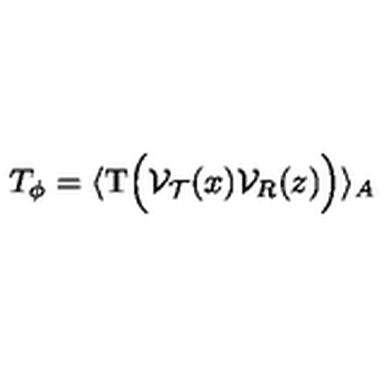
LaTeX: T _ { \phi } = \langle \mathrm { T } \Big ( { \cal V } _ { \cal T } ( x ) { \cal V } _ { R } ( z ) \Big ) \rangle _ { A }